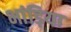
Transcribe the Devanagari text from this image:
भांड़िया